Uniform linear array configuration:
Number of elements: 24
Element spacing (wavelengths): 1
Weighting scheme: blackman
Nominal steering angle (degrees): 30
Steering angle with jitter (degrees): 31.82
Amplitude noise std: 0.05
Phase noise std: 0.05

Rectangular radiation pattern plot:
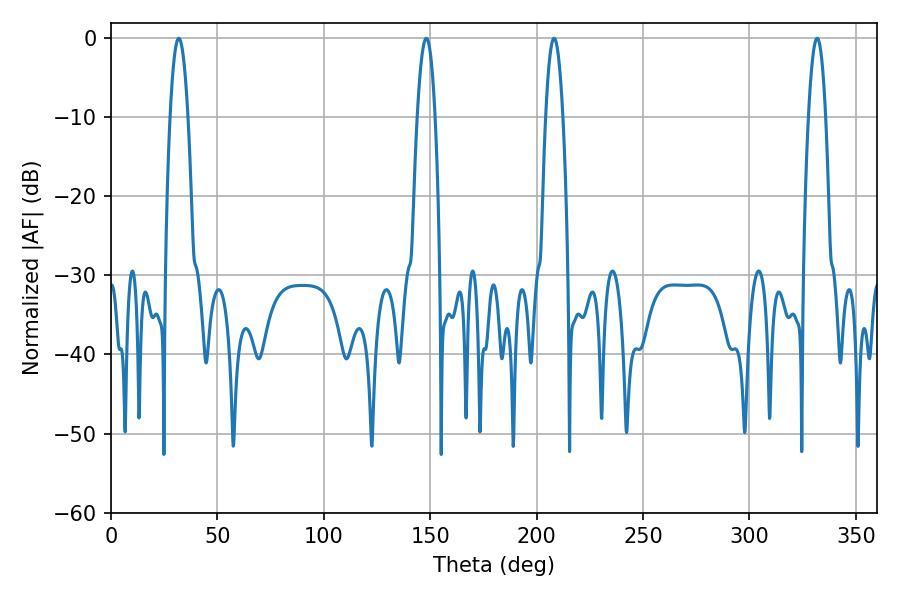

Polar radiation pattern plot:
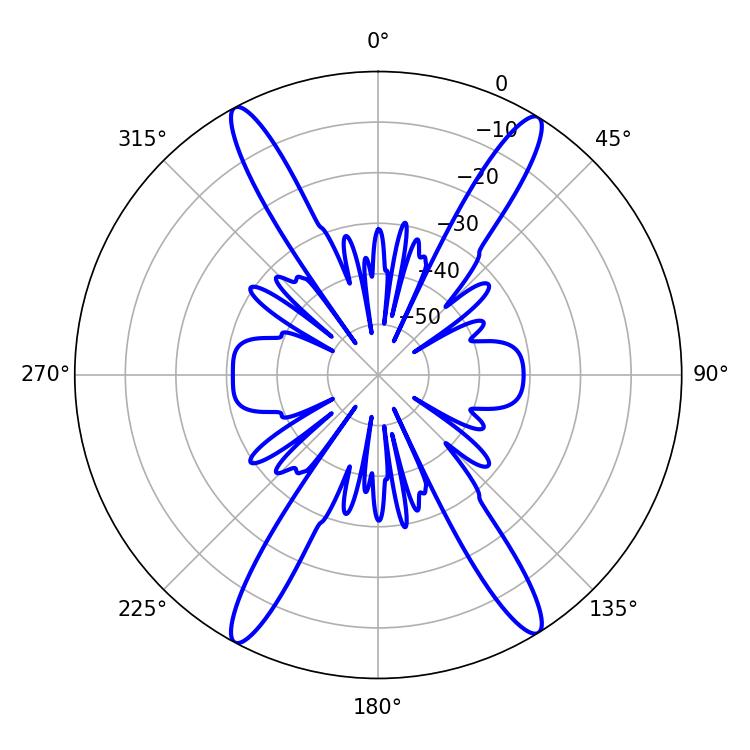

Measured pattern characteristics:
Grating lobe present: TRUE
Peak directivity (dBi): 22.021
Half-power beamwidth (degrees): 4.68
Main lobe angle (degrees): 31.86